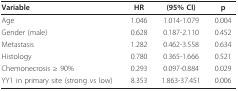
<table><thead><tr><td><b>Variable</b></td><td><b>HR</b></td><td><b>(95% CI)</b></td><td><b>p</b></td></tr></thead><tbody><tr><td>Age</td><td>1.046</td><td>1.014-1.079</td><td>0.004</td></tr><tr><td>Gender (male)</td><td>0.628</td><td>0.187-2.110</td><td>0.452</td></tr><tr><td>Metastasis</td><td>1.282</td><td>0.462-3.558</td><td>0.634</td></tr><tr><td>Histology</td><td>0.780</td><td>0.365-1.666</td><td>0.521</td></tr><tr><td>Chemonecrosis ≥ 90%</td><td>0.293</td><td>0.097-0.884</td><td>0.029</td></tr><tr><td>YY1 in primary site (strong vs low)</td><td>8.353</td><td>1.863-37.451</td><td>0.006</td></tr></tbody></table>